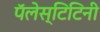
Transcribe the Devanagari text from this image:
पॅलेस्टिटिनी